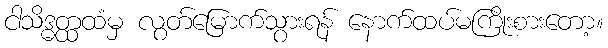
ငါသိဒ္ဓတ္ထထံမှ လွတ်မြောက်သွားရန် နောက်ထပ်မကြိုးစားတော့။